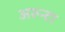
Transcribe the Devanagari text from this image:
अरुन्टा